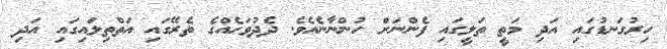
ހިރުގަނޑުގައި އަދި މަތީ ތަލީގައި ފެންނަށް ހުންނާނެއެވެ. ދެދުވަހެއްގެ ތެރޭގައި އަތްތިލައިގައި އަދި